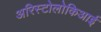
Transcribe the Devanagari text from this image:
अरिस्टोलोकिआई